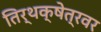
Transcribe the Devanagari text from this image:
तिर्थक्षेत्रवर